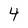
Character: 4